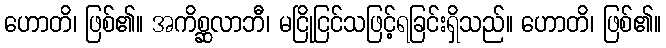
ဟောတိ၊ ဖြစ်၏။ အကိစ္ဆလာဘီ၊ မငြိုငြင်သဖြင့်ရခြင်းရှိသည်။ ဟောတိ၊ ဖြစ်၏။